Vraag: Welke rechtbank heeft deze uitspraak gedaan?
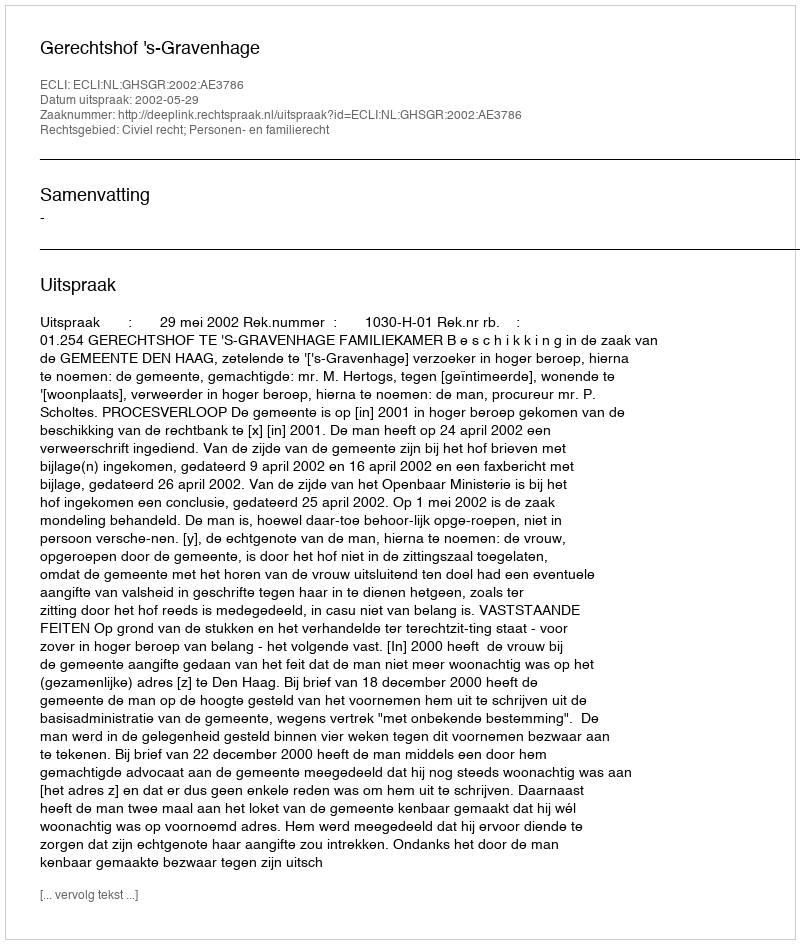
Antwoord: Gerechtshof 's-Gravenhage